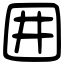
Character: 囲